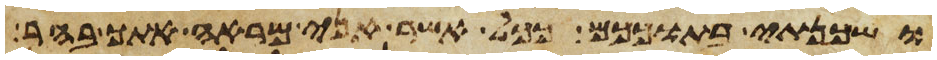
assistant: ושכנתי בתוככם ככל אשר אני מראה אתך בהר